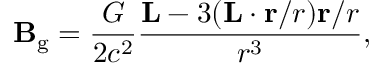
\mathbf { B } _ { \mathrm { g } } = { \frac { G } { 2 c ^ { 2 } } } { \frac { \mathbf { L } - 3 ( \mathbf { L } \cdot \mathbf { r } / r ) \mathbf { r } / r } { r ^ { 3 } } } ,